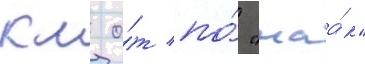
км о́т по́ "маа́к"